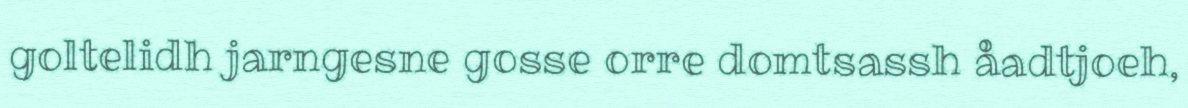
goltelidh jarngesne gosse orre domtsassh åadtjoeh,